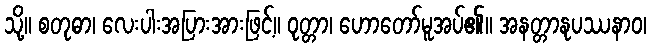
သို့။ စတုဓာ၊ လေးပါးအပြားအားဖြင့်။ ဝုတ္တာ၊ ဟောတော်မူအပ်၏။ အနတ္တာနုပဿနာဝ၊